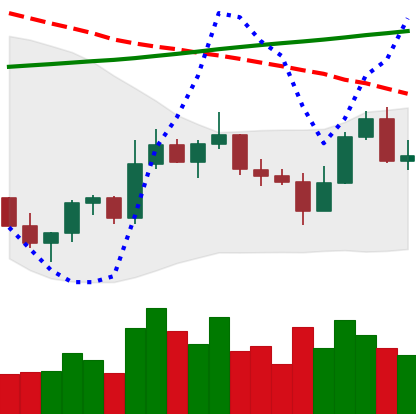
Ticker: ETC-USD
Chart end date: 2022-11-07
Forward return: -18.274%
Label: down_7plus